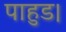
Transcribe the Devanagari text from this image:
पाहुड।